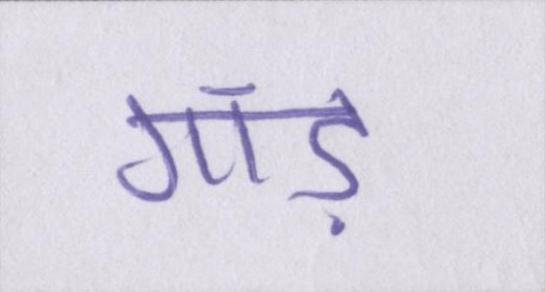
गांड़